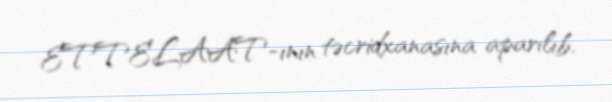
ETTELAAT-ının təcridxanasına aparılıb.